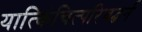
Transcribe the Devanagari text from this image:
यात्किंचित्परिवद्धर्न